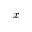
\boldsymbol { x }